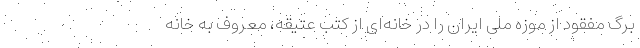
برگ مفقود از موزه ملی ایران را در خانه‌ای از کتب عتیقه، معروف به خانه